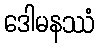
ဒေါမနဿံ